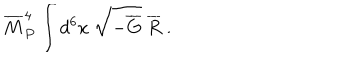
{ \overline { { M } } } _ { P } ^ { 4 } \int d ^ { 6 } x ~ \sqrt { - { \overline { { G } } } } ~ { \overline { { R } } } ~ .